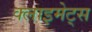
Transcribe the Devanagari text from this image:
क्लाइमेट्स